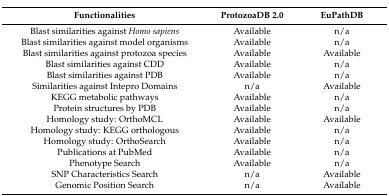
<table><thead><tr><td><b>Functionalities</b></td><td><b>ProtozoaDB 2.0</b></td><td><b>EuPathDB</b></td></tr></thead><tbody><tr><td>Blast similarities against <i>Homo sapiens</i></td><td>Available</td><td>n/a</td></tr><tr><td>Blast similarities against model organisms</td><td>Available</td><td>n/a</td></tr><tr><td>Blast similarities against protozoa species</td><td>Available</td><td>Available</td></tr><tr><td>Blast similarities against CDD</td><td>Available</td><td>n/a</td></tr><tr><td>Blast similarities against PDB</td><td>Available</td><td>n/a</td></tr><tr><td>Similarities against Intepro Domains</td><td>n/a</td><td>Available</td></tr><tr><td>KEGG metabolic pathways</td><td>Available</td><td>n/a</td></tr><tr><td>Protein structures by PDB</td><td>Available</td><td>n/a</td></tr><tr><td>Homology study: OrthoMCL</td><td>Available</td><td>Available</td></tr><tr><td>Homology study: KEGG orthologous</td><td>Available</td><td>n/a</td></tr><tr><td>Homology study: OrthoSearch</td><td>Available</td><td>n/a</td></tr><tr><td>Publications at PubMed</td><td>Available</td><td>n/a</td></tr><tr><td>Phenotype Search</td><td>Available</td><td>n/a</td></tr><tr><td>SNP Characteristics Search</td><td>n/a</td><td>Available</td></tr><tr><td>Genomic Position Search</td><td>n/a</td><td>Available</td></tr></tbody></table>